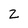
Character: 2